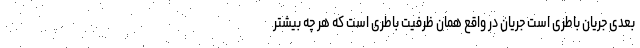
بعدی جریان باطری است جریان در واقع همان ظرفیت باطری است که هر چه بیشتر